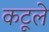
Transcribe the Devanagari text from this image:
कटूले